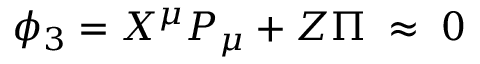
{ } \phi _ { 3 } = X ^ { \mu } P _ { \mu } + Z \Pi \; \approx \; 0